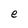
Character: e